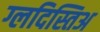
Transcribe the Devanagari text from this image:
ग्लदिस्तिअ